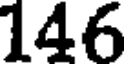
146